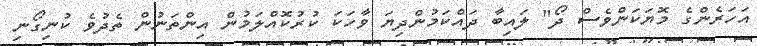
އަހަރެންގެ މޮޔަކަންވެސް ދޯ" ލައިބާ ދައްކަމުންދިޔަ ވާހަކަ ކުރުކޮއްލަމުން އިންތަނުން ތެދުވެ ކުނިގޯނި